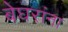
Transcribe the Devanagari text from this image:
बेघरांना